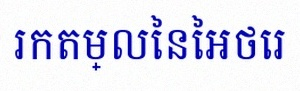
រកតម្លៃនៃអថេរ